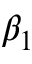
\beta _ { 1 }